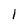
Character: 1